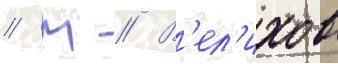
// М // В'ел'ихов